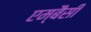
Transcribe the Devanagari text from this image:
एम्बैसी